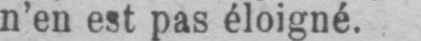
n’en est pas éloigné.